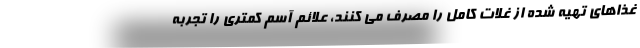
غذاهای تهیه شده از غلات کامل را مصرف می کنند، علائم آسم کمتری را تجربه